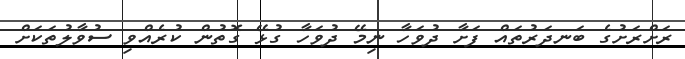
ރަށްރަށުގެ ބަނދަރުތައް ފަށާ ދުވަހާ ނިމޭ ދުވަހާ ގުޅޭ ގޮތުން ކުރެއްވި ސުވާލުތަކަށް